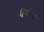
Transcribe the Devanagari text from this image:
क्विलेजा